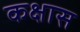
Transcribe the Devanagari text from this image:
कक्षास